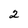
Character: 2